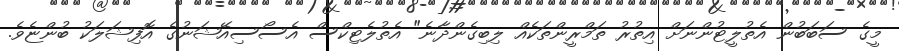
މީގެ ސަބަބުން އެތުލީޓުންނަށް އިތުރު ތަމްރީންތަކެއް ލިބިގެންދާނެ" އެތުލެޓިކްސް އެސޯސިއޭޝަނުގެ އޮފިޝަލަކު ބުންޏެވެ.